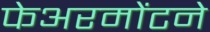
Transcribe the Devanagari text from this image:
फेअरमोंटने